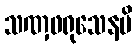
သဏှဖရုသေနပိ